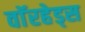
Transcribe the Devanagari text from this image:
वाॅरहेड्स